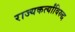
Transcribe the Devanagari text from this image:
राज्यकर्त्यांविरुद्ध